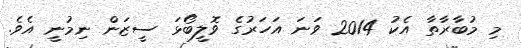
މި މުބާރާތާ އެކު 2014 ވަނަ އަހަރުގެ ވޮލީބޯޅަ ސީޒަން ނިމުނީ އެވެ.